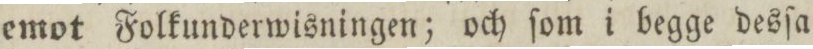
emot Folkunderwisningen; och ſom i begge desſa